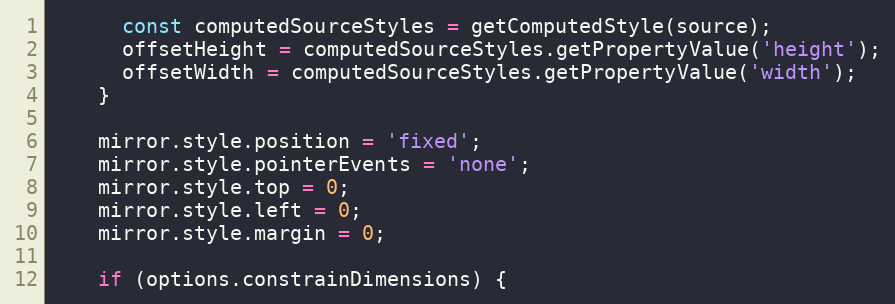
Language: JavaScript
      const computedSourceStyles = getComputedStyle(source);
      offsetHeight = computedSourceStyles.getPropertyValue('height');
      offsetWidth = computedSourceStyles.getPropertyValue('width');
    }

    mirror.style.position = 'fixed';
    mirror.style.pointerEvents = 'none';
    mirror.style.top = 0;
    mirror.style.left = 0;
    mirror.style.margin = 0;

    if (options.constrainDimensions) {